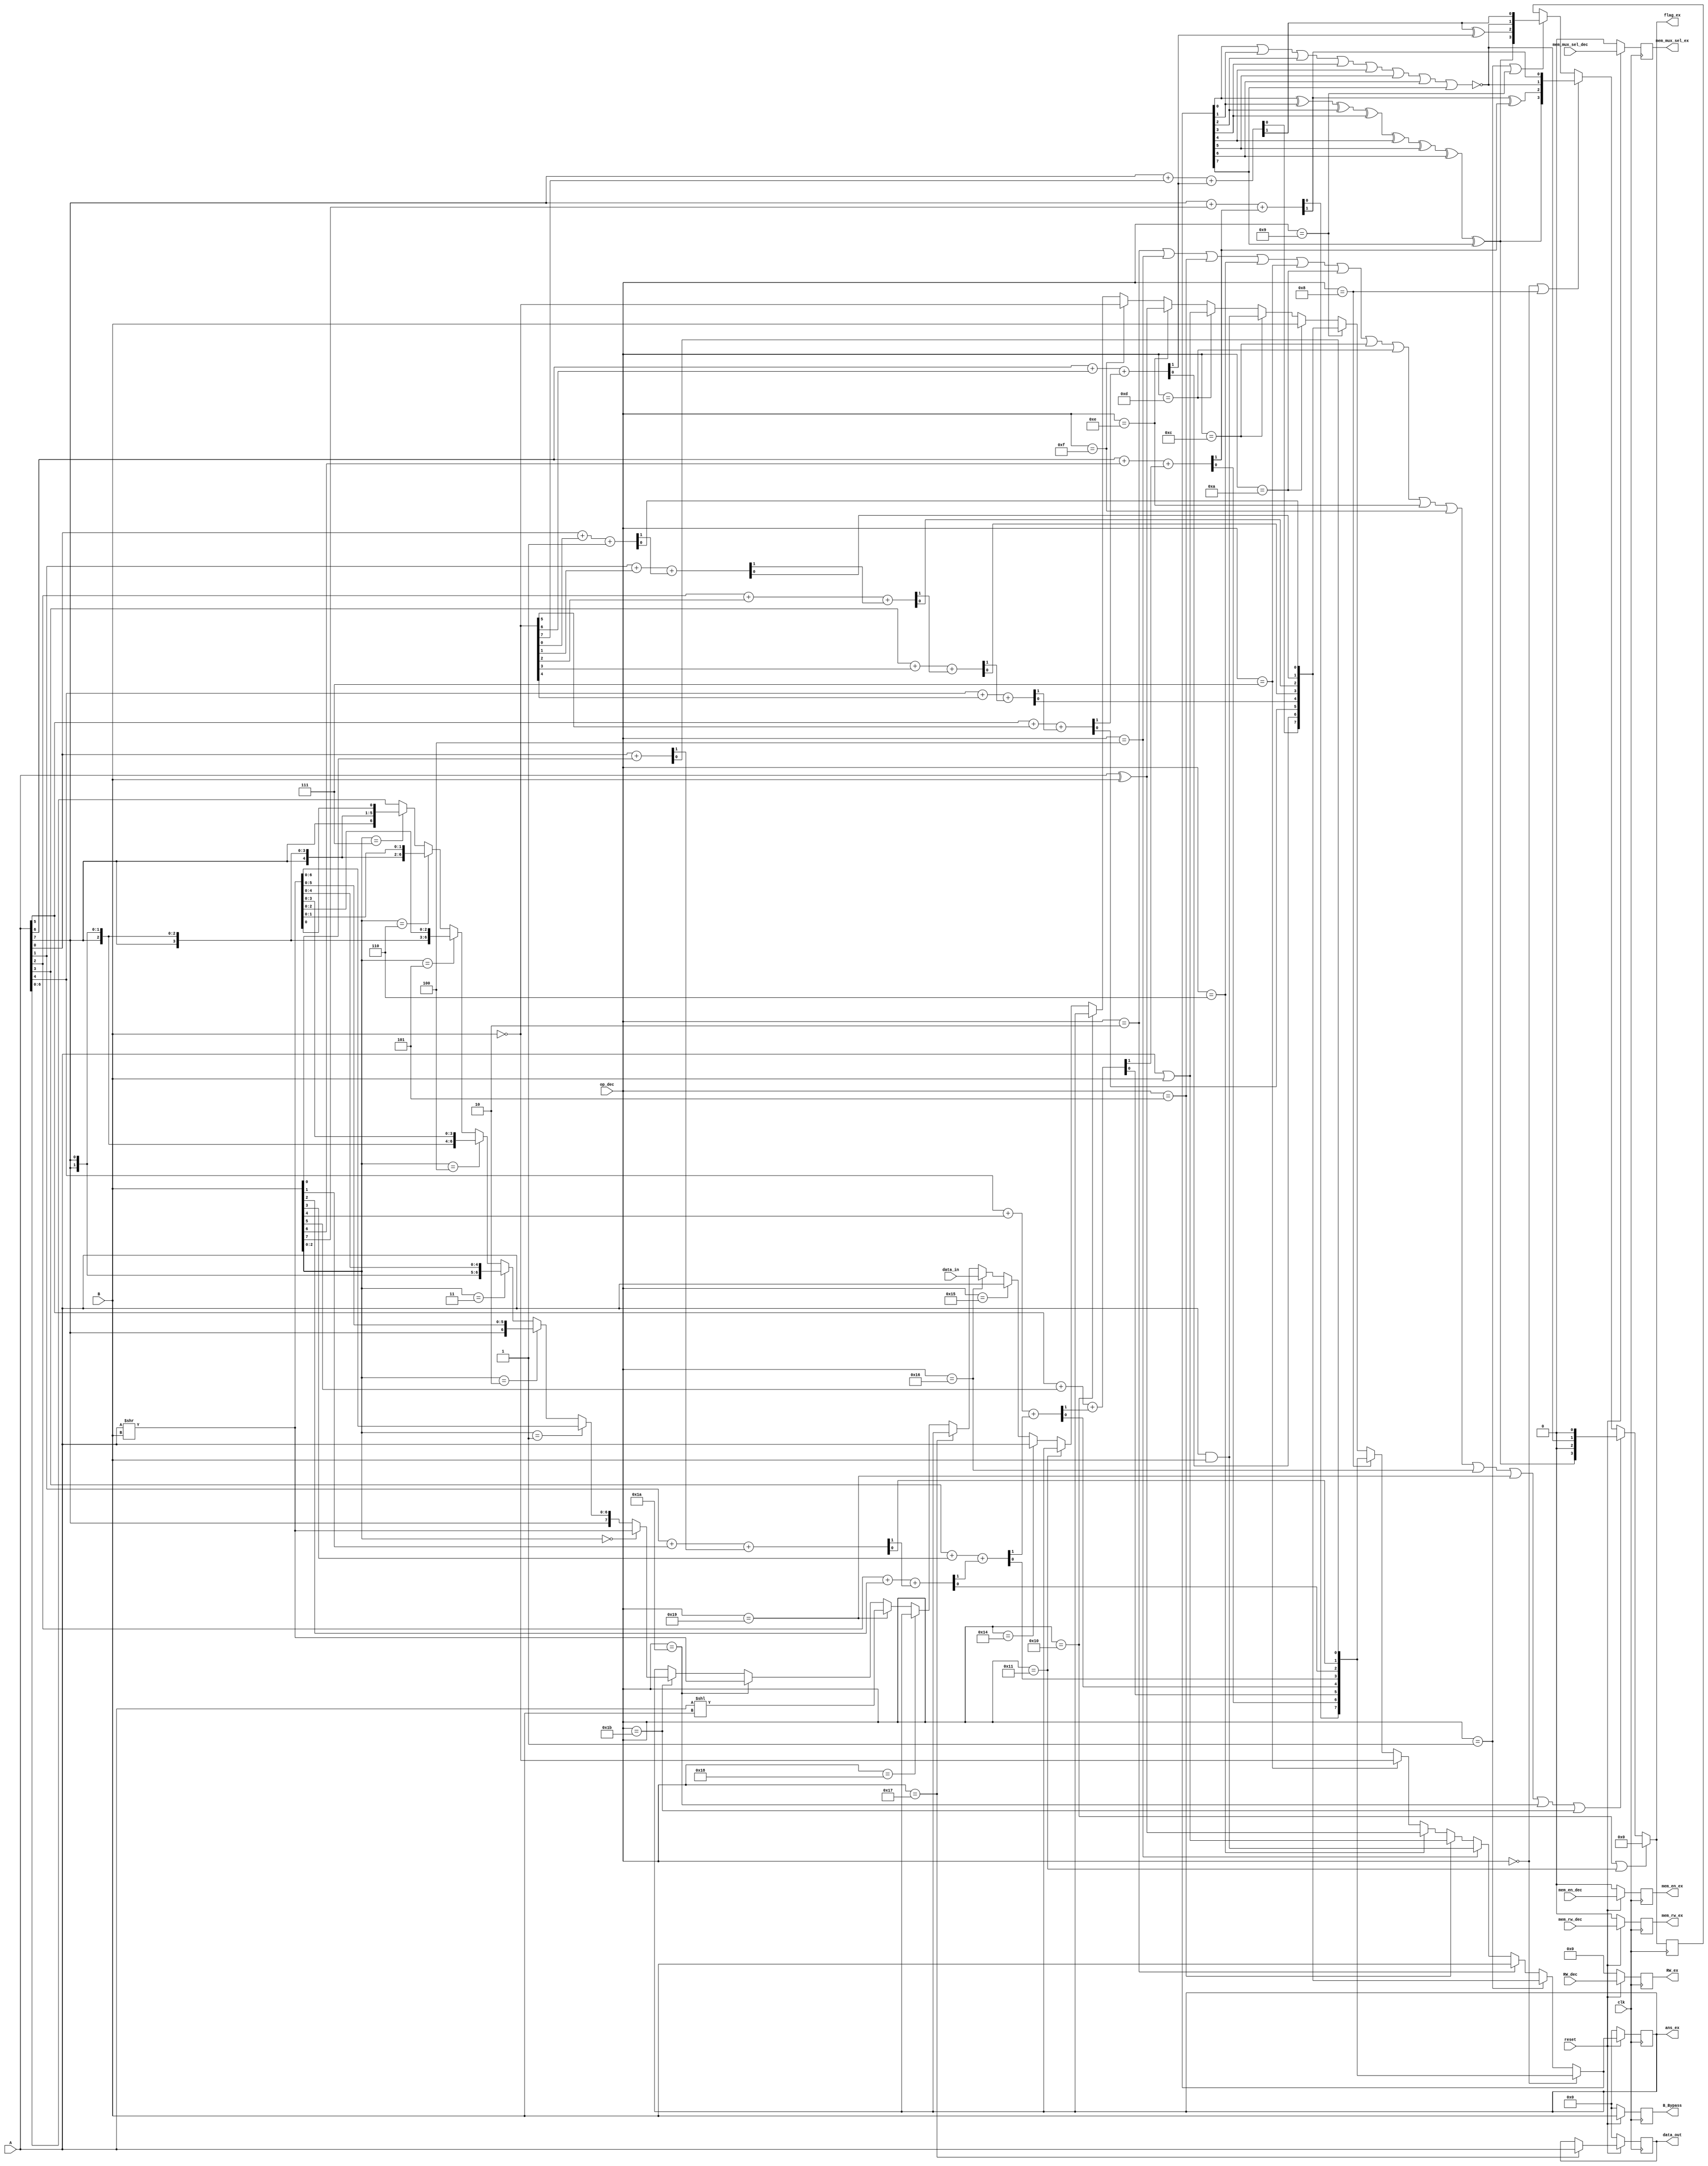
`timescale 1ns / 1ps
//////////////////////////////////////////////////////////////////////////////////
// Company: Team IntelJr
// 
// Design Name: 
// Module Name:    ALU_8bit 
// Project Name: 
// Target Devices: 
// Tool versions: 
// Description: 
//
// Dependencies: 
//
// Revision: 
// Revision 0.01 - File Created
// Additional Comments: 
//
//////////////////////////////////////////////////////////////////////////////////
module ALU_8bit(A,B,data_in,op_dec,clk,mem_en_dec,mem_rw_dec,mem_mux_sel_dec,RW_dec,reset,flag_ex,ans_ex,data_out,B_Bypass,
mem_en_ex,mem_rw_ex,mem_mux_sel_ex,RW_ex);

//inputs

input [7:0]A,B,data_in;
input [4:0]op_dec,RW_dec;
input clk,mem_en_dec,mem_rw_dec,mem_mux_sel_dec,reset;

//outputs

output reg [7:0]data_out,B_Bypass;
output reg [7:0]ans_ex;
output reg [4:0]RW_ex;
output wire[3:0]flag_ex;
output reg mem_en_ex,mem_rw_ex,mem_mux_sel_ex;

//datatypes

wire [7:0]add,i_add;
wire overflow_add,carry_add;
wire [7:0]ct;

wire [7:0]ans_temp;

wire [7:0]data_temp_out;

wire [7:0]sub,i_sub;
wire overflow_sub,carry_sub;
wire [7:0]cs;

wire [7:0]temp_B,i_B;

wire [7:0]ans_and;

wire [7:0]ans_or;

wire [7:0]ans_xor;

wire [7:0]ans_not;

wire [7:0]ans_ls;

wire [7:0]ans_rs;

wire [7:0]ans_rsa;

wire [3:0]flag_temp;

wire [7:0]ans_ld;

wire	[7:0] temp_ans_ex;
wire  [7:0] temp_data_out;
wire	[7:0]temp_B_Bypass;
wire	temp_mem_en_ex;
wire	temp_mem_rw_ex;
wire	temp_mem_mux_sel_ex;
wire	[4:0]temp_RW_ex;
reg [3:0]temp_flag;

assign {ct[0],add[0]}=A[0]+B[0];      //Block assigning value after addition operation on 
                                      //both operands  
assign {ct[1],add[1]}=A[1]+B[1]+ct[0];
assign {ct[2],add[2]}=A[2]+B[2]+ct[1];
assign {ct[3],add[3]}=A[3]+B[3]+ct[2];
assign {ct[4],add[4]}=A[4]+B[4]+ct[3];
assign {ct[5],add[5]}=A[5]+B[5]+ct[4];
assign {ct[6],add[6]}=A[6]+B[6]+ct[5];
assign {ct[7],add[7]}=A[7]+B[7]+ct[6];
assign overflow_add=ct[7]^ct[6];
assign carry_add=ct[7];
assign i_add=add;

assign {cs[0],sub[0]}=A[0]+ans_not[0]+1'b1;           //Block assigning value after subtraction operation on 
                                                     //both operands
assign {cs[1],sub[1]}=A[1]+ans_not[1]+cs[0];
assign {cs[2],sub[2]}=A[2]+ans_not[2]+cs[1];
assign {cs[3],sub[3]}=A[3]+ans_not[3]+cs[2];
assign {cs[4],sub[4]}=A[4]+ans_not[4]+cs[3];
assign {cs[5],sub[5]}=A[5]+ans_not[5]+cs[4];
assign {cs[6],sub[6]}=A[6]+ans_not[6]+cs[5];
assign {cs[7],sub[7]}=A[7]+ans_not[7]+cs[6];
assign overflow_sub=cs[7]^cs[6];
assign carry_sub=cs[7];
assign i_sub=sub;                             

assign temp_B=B;            //assignment of value of B         
assign i_B=temp_B;           

assign ans_and=A&B;         //assignment of A and B

assign ans_or=A|B;          //assignment of A or B  

assign ans_xor=A^B;    //assignment of A xor B

assign ans_not=~(B);      //assignment of compliment of B

assign ans_ls=A<<B;        //left shift operation

assign ans_rs=A>>B;    //right shift operation

assign ans_rsa=(B[2:0] == 3'b000) ? ans_rs : 
((B[2:0] == 3'b001) ? {A[7],ans_rs[6:0]}:
((B[2:0] == 3'b010)?{A[7],A[7],ans_rs[5:0]}:
((B[2:0] == 3'b011)?{A[7],A[7],A[7],ans_rs[4:0]}:
((B[2:0] == 3'b100)?{A[7],A[7],A[7],A[7],ans_rs[3:0]}:
((B[2:0] == 3'b101)?{A[7],A[7],A[7],A[7],A[7],ans_rs[2:0]}:
((B[2:0] == 3'b110)?{A[7],A[7],A[7],A[7],A[7],A[7],ans_rs[1:0]}:
((B[2:0] == 3'b111)?{A[7],A[7],A[7],A[7],A[7],A[7],A[7],ans_rs[0]}:A[7:0]))))))) ;        //arithematic right shift operation

assign ans_ld=A;                //holding value of operand A
assign ans_temp=(op_dec==5'b00000) ? add :  // assignment for ADD operation for opcode=0
((op_dec==5'b00001) ? sub :                 // assignment for SUB operation for opcode=1
((op_dec==5'b00010) ? temp_B :              // MOV operation for opcode=2
((op_dec==5'b00100) ? ans_and :            // AND operation for opcode=4
((op_dec==5'b00101) ? ans_or :               // OR operation for opcode=5
((op_dec==5'b00110) ? ans_xor  :             // XOR operation for opcode=6
((op_dec==5'b00111) ? ans_not :              // NOT operation for opcode=7
((op_dec==5'b01000) ? i_add :                 // ADI operation for opcode=8
((op_dec==5'b01001) ? i_sub :                 // SBI operation for opcode=9
((op_dec==5'b01010) ? i_B :                   // MVI operation for opcode=10
((op_dec==5'b01100) ? ans_and :                // assignment for ANI operation 
((op_dec==5'b01101) ? ans_or :                 // assignment for ORI operation
((op_dec==5'b01110) ? ans_xor :                 // assignment for XRI operation
((op_dec==5'b01111) ? ans_not :                  // assignment for NTI operation
((op_dec==5'b10000) ? ans_ex :                   // assignment for RET operation
((op_dec==5'b10001) ? ans_ex :                   // assignment for HLT operation
((op_dec==5'b10100) ? ans_ld:                        // assignment for Loading operation
((op_dec==5'b10101) ? A:                        // assignment for ST operation
((op_dec==5'b10110) ? data_in :                  // assignment for data in 
((op_dec==5'b10111) ? ans_ex :                   // assignment for holding previous answer 
((op_dec==5'b11000) ? ans_ex :
((op_dec==5'b11001) ? ans_ls :
((op_dec==5'b11010) ? ans_rs :
((op_dec==5'b11011) ? ans_rsa :
((op_dec==5'b11100) ? ans_ex :
((op_dec==5'b11101) ? ans_ex :
((op_dec==5'b11110) ? ans_ex :ans_ex
 ))))))))))))))))))))))))));

assign flag_temp=(op_dec==16||op_dec==17) ? 4'b0000 :  //algorithms for holding and resetting flag
((op_dec==2||op_dec==4||op_dec==5||op_dec==6||op_dec==7||op_dec==10||op_dec==12||op_dec==13||op_dec==14||op_dec==15||op_dec==22||op_dec==25||op_dec==26||op_dec==27) ? {ans_temp[0]^ans_temp[1]^ans_temp[2]^ans_temp[3]^ans_temp[4]^ans_temp[5]^ans_temp[6]^ans_temp[7],1'b0,~(ans_temp[0]|ans_temp[1]|ans_temp[2]|ans_temp[3]|ans_temp[4]|ans_temp[5]|ans_temp[6]|ans_temp[7]),1'b0} :
((op_dec==0||op_dec==8) ? {(ans_temp[0]^ans_temp[1]^ans_temp[2]^ans_temp[3]^ans_temp[4]^ans_temp[5]^ans_temp[6]^ans_temp[7]),overflow_add,~(ans_temp[0]|ans_temp[1]|ans_temp[2]|ans_temp[3]|ans_temp[4]|ans_temp[5]|ans_temp[6]|ans_temp[7]),carry_add} :
((op_dec==1||op_dec==9) ? {(ans_temp[0]^ans_temp[1]^ans_temp[2]^ans_temp[3]^ans_temp[4]^ans_temp[5]^ans_temp[6]^ans_temp[7]),overflow_sub,~(ans_temp[0]|ans_temp[1]|ans_temp[2]|ans_temp[3]|ans_temp[4]|ans_temp[5]|ans_temp[6]|ans_temp[7]),carry_sub} :
temp_flag)));


//assign flag_ex=flag_temp;

/*always @(posedge clk)
begin
	temp_flag=flag_temp;
end
*/
assign flag_ex=flag_temp;

//assign data_temp_out = (op_dec==5'b10111||op_dec==5'b11000||op_dec==5'b11001||op_dec==5'b11010||op_dec==5'b11011||op_dec==5'b11100||op_dec==5'b11101||op_dec==5'b11110||op_dec==5'b11111) ? 8'b01000000 : 8'b00000000;
assign data_temp_out = (op_dec==5'b10111) ? A : data_out;

assign temp_ans_ex=(reset==1'b0)?8'b00000000 : ans_temp;
assign temp_B_Bypass=(reset==1'b0)?8'b00000000 : B;
assign temp_data_out=(reset==1'b0)?8'b00000000 : data_temp_out;
assign temp_mem_en_ex=(reset==1'b0)?1'b0 : mem_en_dec; 
assign temp_mem_rw_ex=(reset==1'b0)?1'b0 : mem_rw_dec;
assign temp_mem_mux_sel_ex=(reset==1'b0)?1'b0 : mem_mux_sel_dec;
assign temp_RW_ex=(reset==1'b0)?5'b00000 : RW_dec;


always@(posedge clk) //beginning Of Sequential block for creating memory or to hold a value

	begin                         //for setting the data bits 
		 ans_ex<=temp_ans_ex;     
		 B_Bypass<=temp_B_Bypass;
		 data_out<=temp_data_out;
		mem_en_ex<=temp_mem_en_ex;
		mem_rw_ex<=temp_mem_rw_ex;
		mem_mux_sel_ex<=temp_mem_mux_sel_ex;
		RW_ex<=temp_RW_ex;
		temp_flag=flag_temp;
	end
  

  //End of sequential block

endmodule